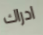
ادراك